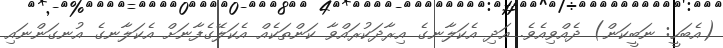
(އެބަހީ: ނަބީކަން) ދެއްވިއެވެ. އަދި އެކަލާނގެ އިރާދަކުރައްވާ ކަންތަކެއް އެކަލޭގެފާނަށް އެކަލާނގެ އުނގަންނައި